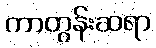
ကာတွန်းဆရာ